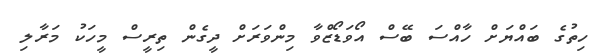
ހިތުގެ ބައްޔަށް ހާއްސަ ބޭސް އޯވަޑޯޒްވާ މިންވަރަށް ދީގެން ތިރީސް މީހަކު މަރާލި